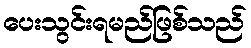
ပေးသွင်းရမည်ဖြစ်သည်